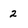
Character: 2